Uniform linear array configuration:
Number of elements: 12
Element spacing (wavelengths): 1
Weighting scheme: exponential
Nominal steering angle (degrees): -45
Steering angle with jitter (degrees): -43.904
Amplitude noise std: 0.05
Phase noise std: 0.05

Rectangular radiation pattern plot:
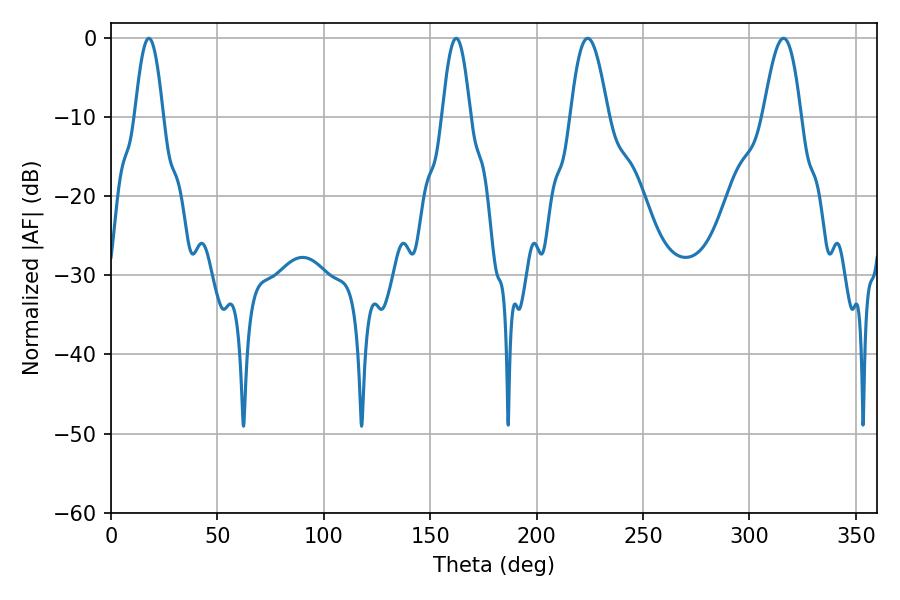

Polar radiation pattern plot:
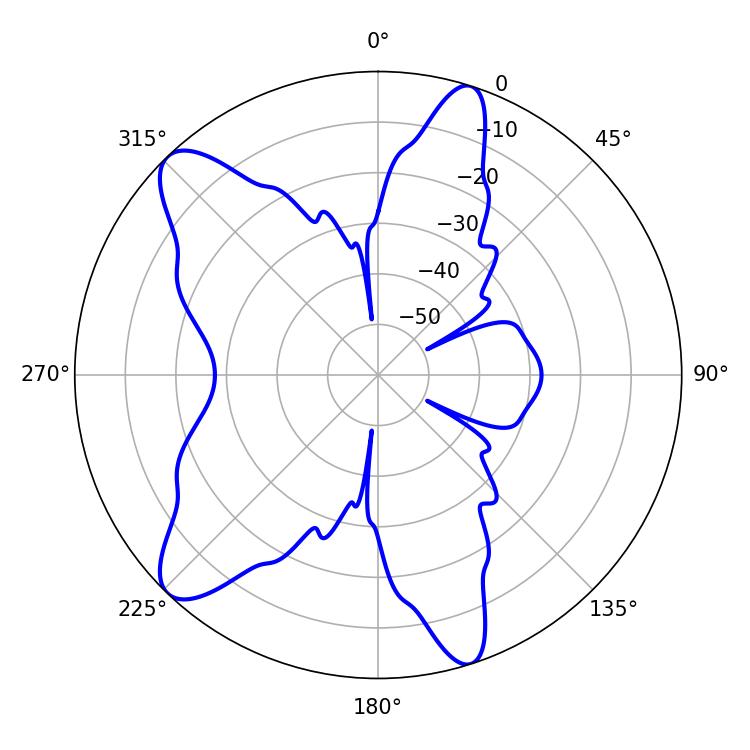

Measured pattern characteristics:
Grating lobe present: TRUE
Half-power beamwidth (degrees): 7.2
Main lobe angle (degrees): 17.82